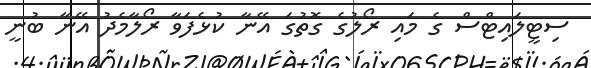
ސިޓީލައިޓްސް ގެ މައި ރޯލުގެ ގޮތުގަ އޭނާ ކުޅެފަވާ ރޯލާމެދު އޭނާ ބުނީ